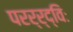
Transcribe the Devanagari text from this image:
परर्र्द्विः